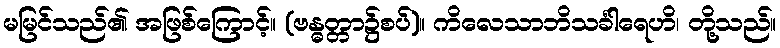
မမြင်သည်၏ အဖြစ်ကြောင့်။ (ဗန္ဓတ္တာ၌စပ်)။ ကိလေသာဘိသင်္ခါရေဟိ၊ တို့သည်။